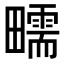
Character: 㽭